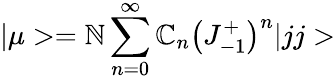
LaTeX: |\mu>={\cal{\mathbb{N}}}\sum_{n=0}^{\infty}\mathbb{C}_{n}\left(J_{-1}^{+}\right)^{n}|jj>